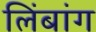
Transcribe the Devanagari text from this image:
लिंबांग